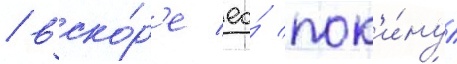
/ вско́р'е ео́ пок'и́нул